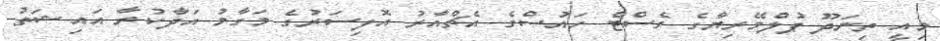
މިއީ ތިނަދޫ ޕުލްމޭރިޔާގެ ގެސްޓް ހައުސްގެ އެޗްއާރު އޮފިސަރުގެ މަގާމު އަދާކުރާ އައިޝަތު